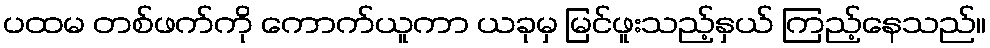
ပထမ တစ်ဖက်ကို ကောက်ယူကာ ယခုမှ မြင်ဖူးသည့်နှယ် ကြည့်နေသည်။